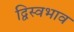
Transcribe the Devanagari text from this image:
द्विस्‍वभाव